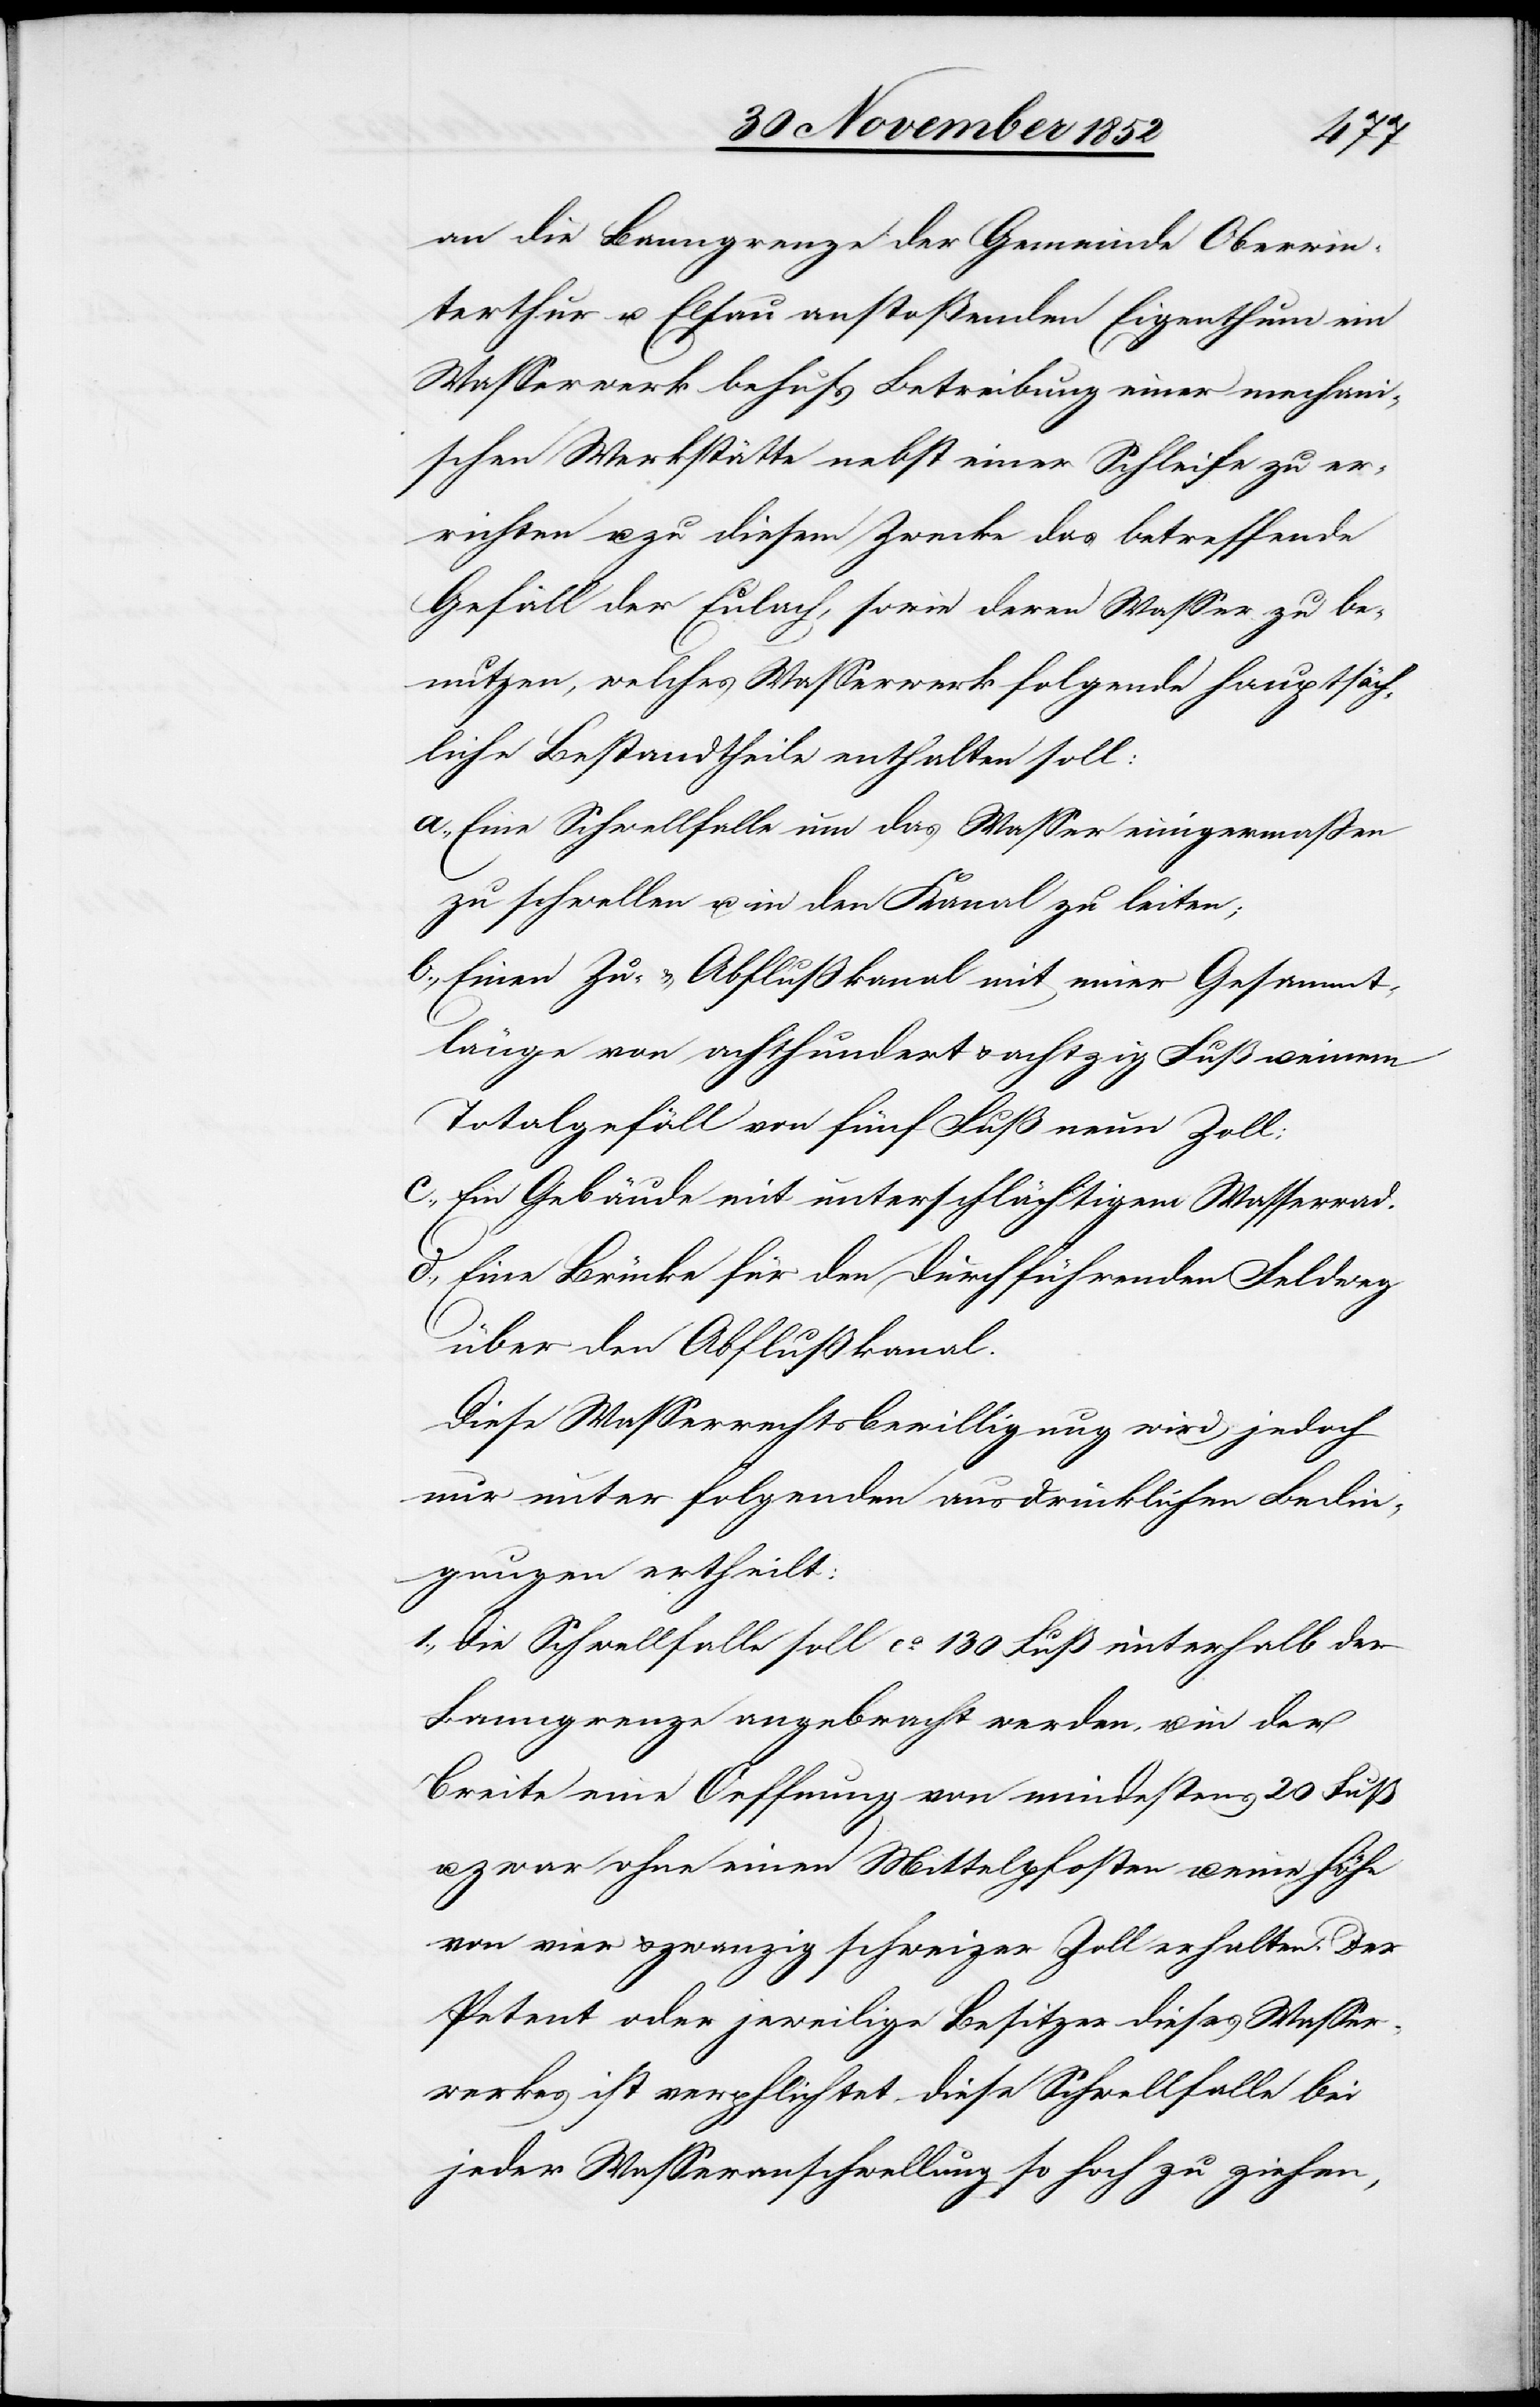
an die Banngrenze der Gemeinde Oberwin¬
terthur u. Elsau anstoßenden Eigenthum ein
Wasserwerk behufs Betreibung einer mechani¬
schen Werkstätte nebst einer Schleife zu er¬
richten u. zu diesem Zwecke das betreffende
Gefäll der Eulach, sowie deren Wasser zu be¬
nutzen, welches Wasserwerk folgende hauptsäch¬
liche Bestandtheile enthalten soll:
Eine Schwellfalle um das Wasser einigermaßen
zu schwellen u. in den Kanal zu leiten;
Einen Zu- & Abflußkanal mit einer Gesammt¬
länge von achthundert & achtzig Fuß u. einem
Totalgefäll von fünf Fuß neun Zoll;
Ein Gebäude mit unterschlächtigem Wasserrad.
Eine Brücke für den durchführenden Feldweg
über den Abflußkanal.
Diese Wasserrechtsbewilligung wird jedoch
nur unter folgenden ausdrücklichen Bedin¬
gungen ertheilt:
Die Schwellfalle soll ca. 130 Fuß unterhalb der
Banngrenze angebracht werden, u. in der
Breite eine Oeffnung von mindestens 20 Fuß
u. zwar ohne einen Mittelpfosten u. eine Höhe
von vier & zwanzig schweizer Zoll erhalten. Der
Petent oder jeweilige Besitzer dieses Wasser¬
werkes ist verpflichtet, diese Schwellfalle bei
jeder Wasseranschwellung so hoch zu ziehen,